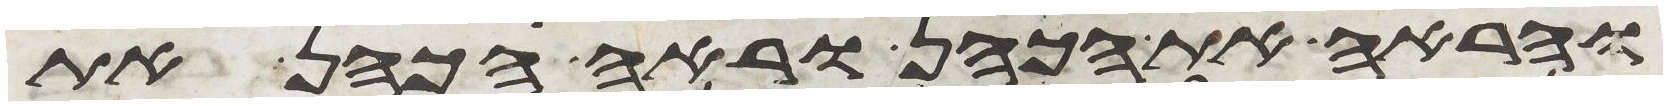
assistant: והראה את הכהן וראה הכהן את